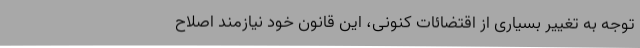
توجه به تغییر بسیاری از اقتضائات کنونی، این قانون خود نیازمند اصلاح